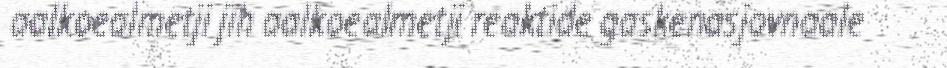
aalkoealmetji jïh aalkoealmetji reaktide gaskenasjovnaale